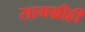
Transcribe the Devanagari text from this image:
सामग्रीही